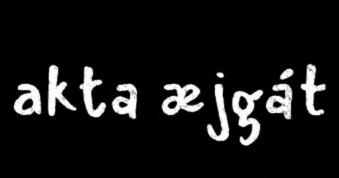
akta æjgát